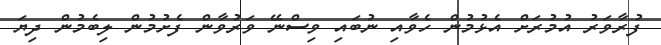
ފުރާވަރު އުމުރަށް އެޅުމުން ހެވާއި ނުބައި ވިސްނޭ ވަރުވާން ފެށުމުން ލިބެމުން ދިޔަ